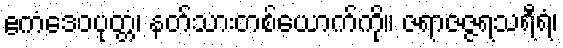
ဧကံဒေဝပုတ္တံ၊ နတ်သားတစ်ယောက်ကို။ ဇရာဇဇ္ဇရသရီရံ၊